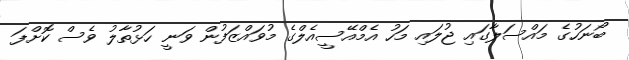
ބޯނަހުގެ މައްސަލާގައި ޖުލައި މަހު އެމްއޭސީއެލްގެ މުވައްޒަފުން ވަނީ ހަޅުތާލު ވެސް ކޮށްފަ